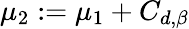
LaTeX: \mu_{2}:=\mu_{1}+C_{d,\beta}